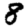
Digit: 8